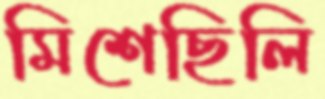
মিশেছিলি